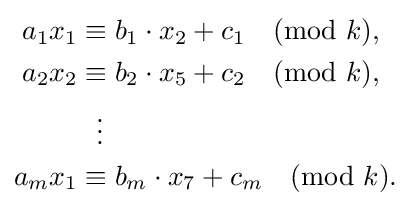
{\begin{aligned}a_{1}x_{1}&\equiv b_{1}\cdot x_{2}+c_{1}{\pmod {k}},\\a_{2}x_{2}&\equiv b_{2}\cdot x_{5}+c_{2}{\pmod {k}},\\&{}\ \ \vdots \\a_{m}x_{1}&\equiv b_{m}\cdot x_{7}+c_{m}{\pmod {k}}.\end{aligned}}